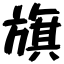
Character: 旗